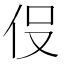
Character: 𬽹